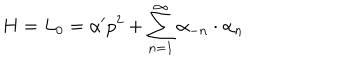
H = L _ { 0 } = \alpha ^ { \prime } p ^ { 2 } + \sum _ { n = 1 } ^ { \infty } \alpha _ { - n } \cdot \alpha _ { n }